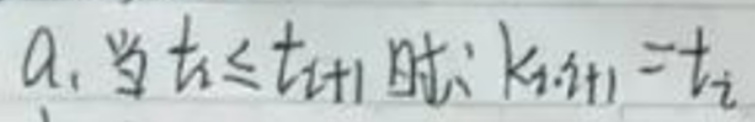
a.当$t_{i}\leq t_{i + 1}$时$:k_{i,i + 1}=t_{i}$